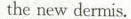
the new dermis.